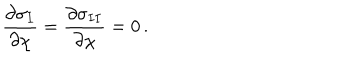
LaTeX: { \frac { \partial \sigma _ { I } } { \partial \chi } } = { \frac { \partial \sigma _ { I I } } { \partial \chi } } = 0 \, .